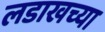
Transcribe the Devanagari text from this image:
लडाखच्या